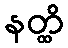
နတ္ထိ